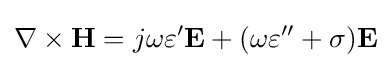
\nabla \times \mathbf {H} =j\omega \varepsilon '\mathbf {E} +(\omega \varepsilon ''+\sigma )\mathbf {E}